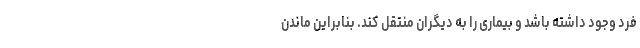
فرد وجود داشته باشد و بیماری را به دیگران منتقل کند. بنابراین ماندن